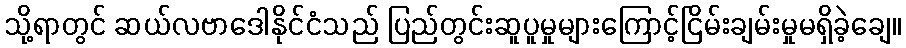
သို့ရာတွင် ဆယ်လဗာဒေါနိုင်ငံသည် ပြည်တွင်းဆူပူမှုများကြောင့်ငြိမ်းချမ်းမှုမရှိခဲ့ချေ။